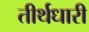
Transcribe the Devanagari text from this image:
तीर्थधारी